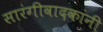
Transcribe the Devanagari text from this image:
सारंगीवादकांनी